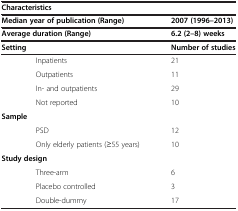
<table><thead><tr><td colspan="3"><b>Characteristics</b></td></tr><tr><td colspan="2"><b>Median year of publication (Range)</b></td><td><b>2007 (1996–2013)</b></td></tr><tr><td colspan="2"><b>Average duration (Range)</b></td><td><b>6.2 (2–8) weeks</b></td></tr><tr><td colspan="2"><b>Setting</b></td><td><b>Number of studies</b></td></tr></thead><tbody><tr><td></td><td>Inpatients</td><td>21</td></tr><tr><td></td><td>Outpatients</td><td>11</td></tr><tr><td></td><td>In- and outpatients</td><td>29</td></tr><tr><td></td><td>Not reported</td><td>10</td></tr><tr><td colspan="2"><b>Sample</b></td><td></td></tr><tr><td></td><td>PSD</td><td>12</td></tr><tr><td></td><td>Only elderly patients (≥55 years)</td><td>10</td></tr><tr><td colspan="2"><b>Study design</b></td><td></td></tr><tr><td></td><td>Three-arm</td><td>6</td></tr><tr><td></td><td>Placebo controlled</td><td>3</td></tr><tr><td></td><td>Double-dummy</td><td>17</td></tr></tbody></table>